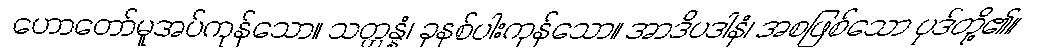
ဟောတော်မူအပ်ကုန်သော။ သတ္တန္နံ၊ ခုနစ်ပါးကုန်သော။ အာဒိပဒါနံ၊ အစဖြစ်သော ပုဒ်တို့၏။